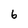
Character: 6